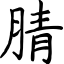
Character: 腈